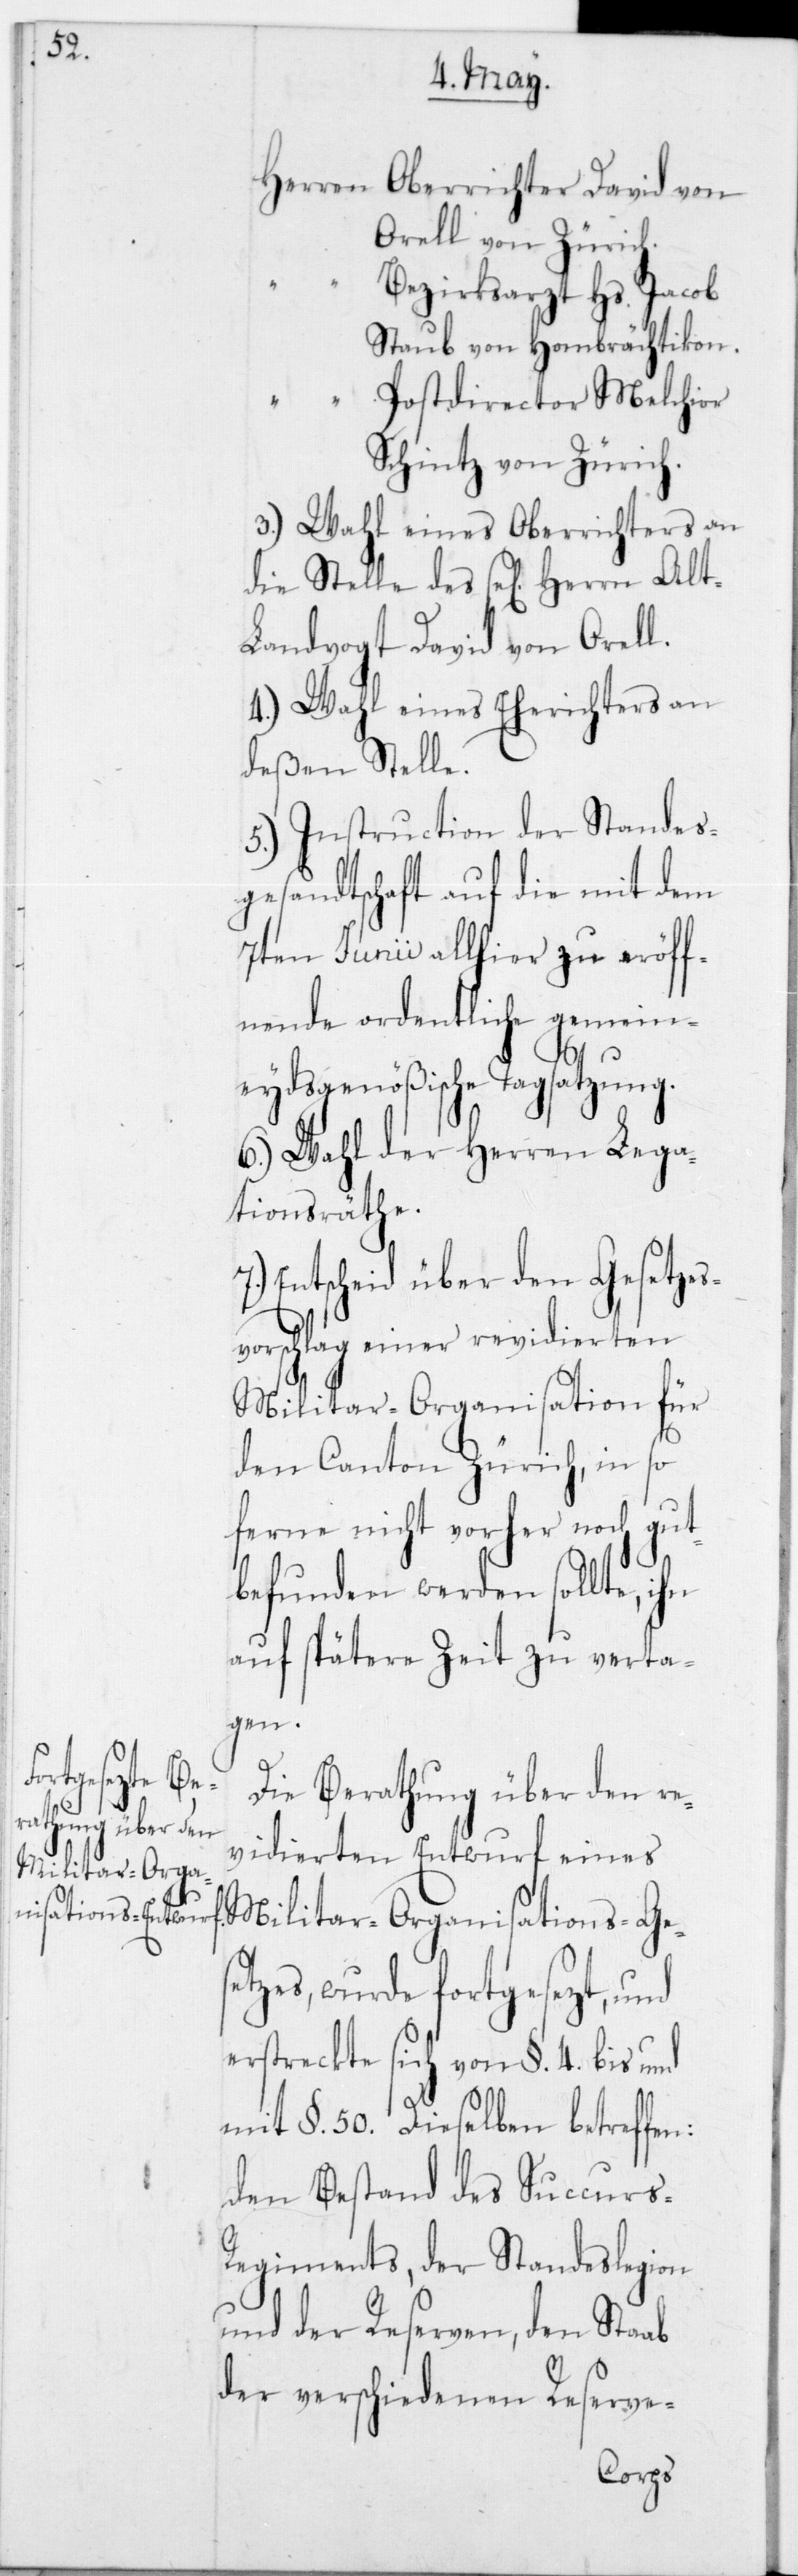
Orell von Zürich.
Bezirksarzt Hs. Jacob
Staub von Hombrächtikon.
n:
Postdirector Melchior
Schintz von Zürich.
3.) Wahl eines Oberrichters an
die Stelle des sel. Herrn Alt-L¬
andvogt David von Orell.
4.) Wahl eines Eherichters an
deßen Stelle.
5.) Instruction der Standes¬
gesandtschaft auf die mit dem
7ten Junii allhier zu eröff¬
nende ordentliche gemein¬
eydsgenößische Tagsatzung.
6.) Wahl der Herren Lega¬
tionsräthe.
7.) Entscheid über den Gesetzes¬
vorschlag einer revidierten
Militar-Organisation für
den Canton Zürich, in so
ferne nicht vorher noch gut¬
befunden werden sollte, ihn
auf spätere Zeit zu verta¬
gen.
Die Berathung über den re¬
vidierten Entwurf eines
Militar-Organisations-Gese¬
tzes, wurde fortgesezt, und
erstreckte sich von § 4 bis und
mit § 50. Dieselben betreffe¬
Den Bestand des Succurs-R¬
egiments, der Standeslegion
und der Reserven, den Staab
der verschiedenen Reserve-